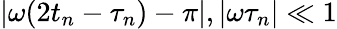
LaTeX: |\omega(2t_{n}-\tau_{n})-\pi|,|\omega\tau_{n}|\ll 1